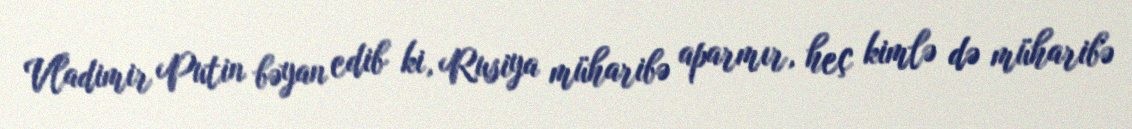
Vladimir Putin bəyan edib ki, Rusiya müharibə aparmır, heç kimlə də müharibə